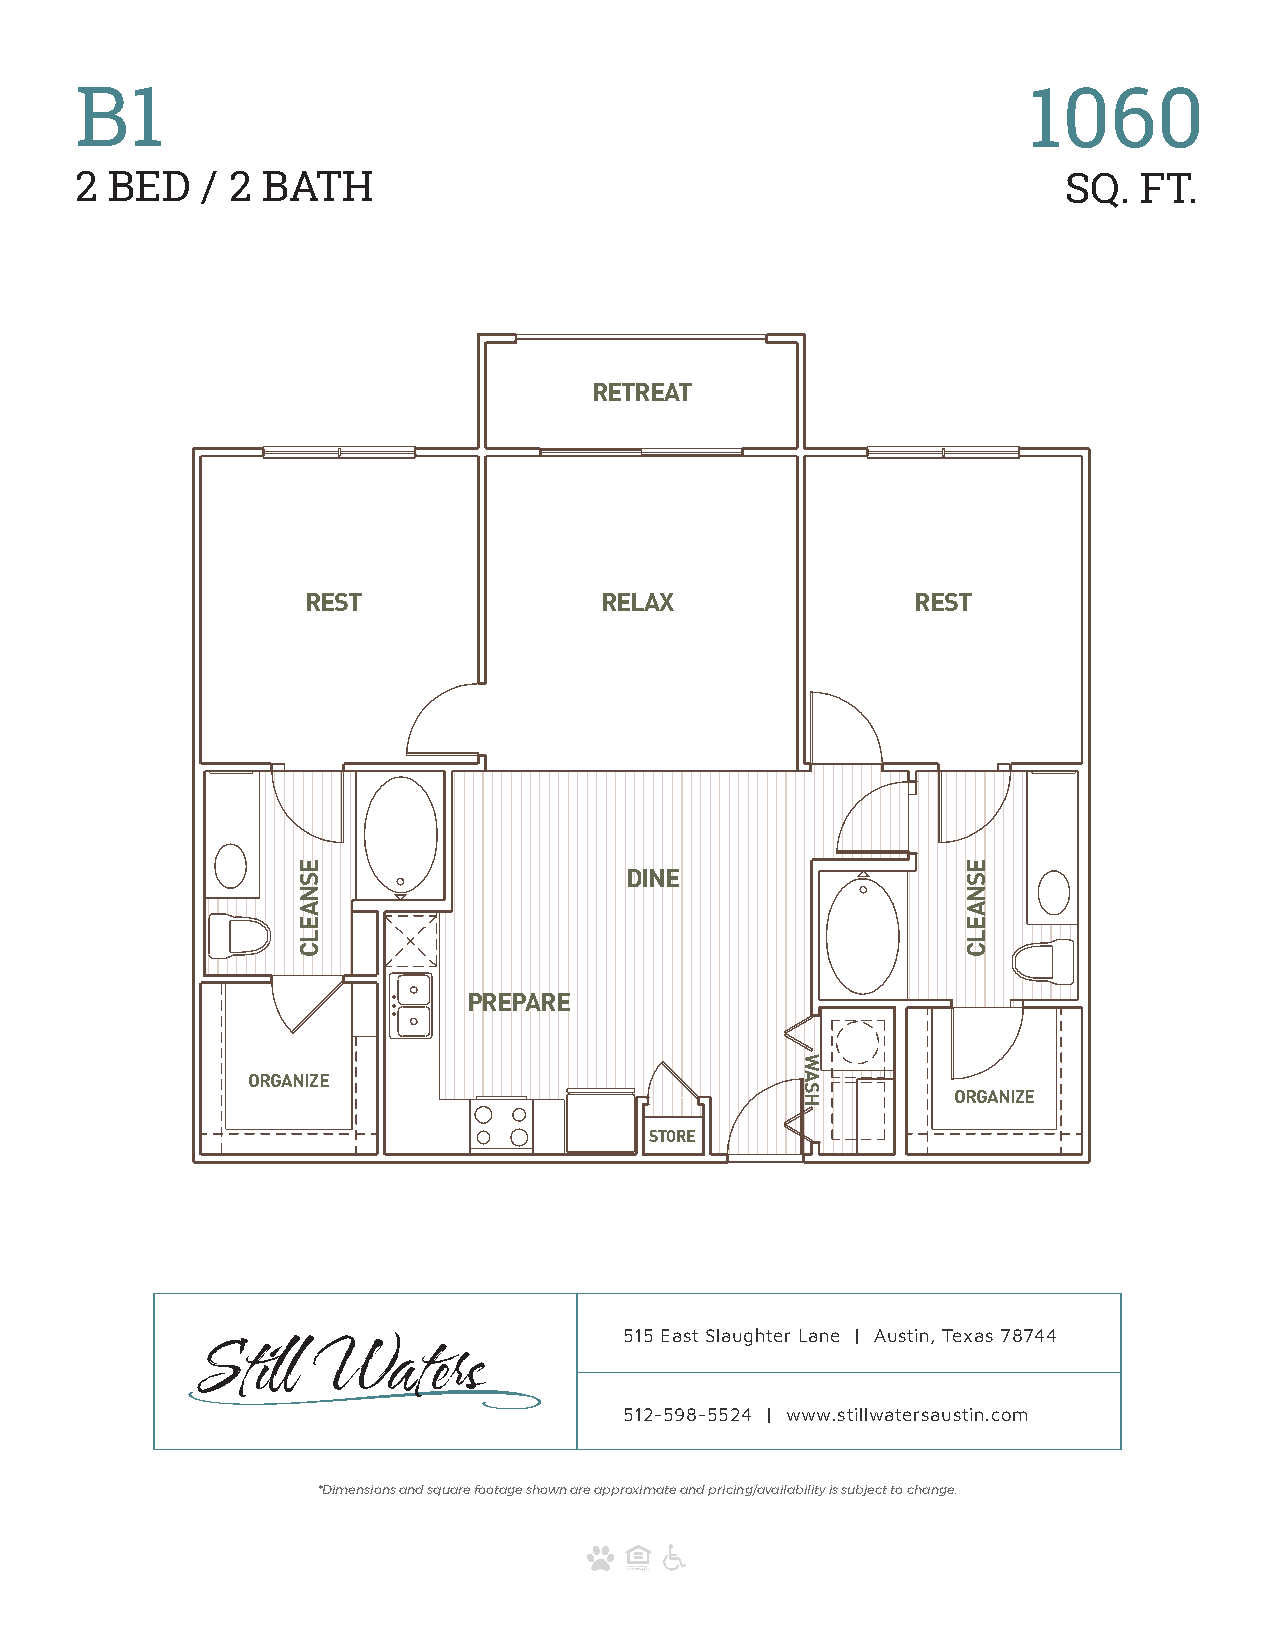
B1                                                             1060
 2 BED   / 2 BATH                                                 SQ.  FT.
 RETREAT
 REST                RELAX                REST
 DINE
 PREPARE
 ORGANIZE
 ORGANIZE
 STORE
 515 East Slaughter Lane | Austin, Texas 78744
 512-598-5524 | www.stillwatersaustin.com
 *Dimensions and square footage shown are approximate and pricing/availability is subject to change.
 ESNAELC
 WASH
 ESNAELC